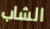
الشاب